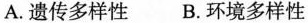
A.遗传多样性 B.环境多样性